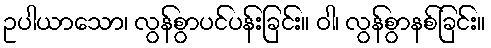
ဥပါယာသော၊ လွန်စွာပင်ပန်းခြင်း။ ဝါ၊ လွန်စွာနစ်ခြင်း။